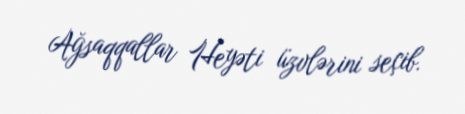
Ağsaqqallar Heyəti üzvlərini seçib.